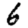
Digit: 6